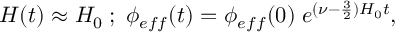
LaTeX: H ( t ) \approx H _ { 0 } \; ; \; \phi _ { e f f } ( t ) = \phi _ { e f f } ( 0 ) \; e ^ { ( \nu - \frac { 3 } { 2 } ) H _ { 0 } t } ,